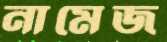
নামেজ